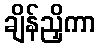
ချိန်ညှိကာ